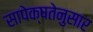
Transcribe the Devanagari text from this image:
सापेक्षतेनुसार